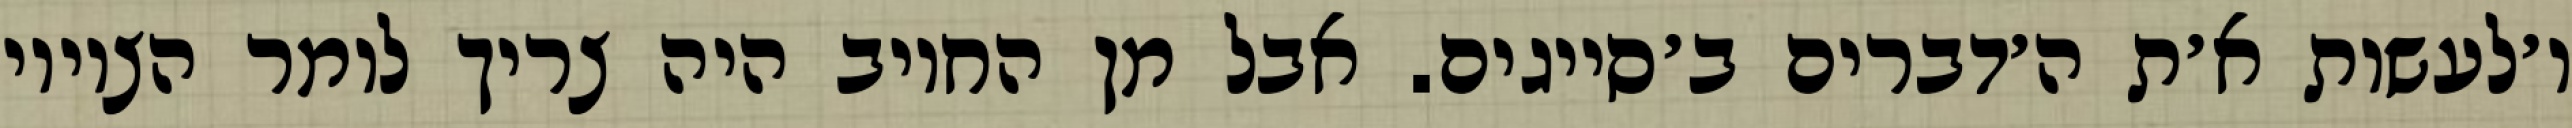
ו׳לעשות א׳ת ה׳דברים ב׳סייגים. אבל מן החיוב היה צריך לומר הציווי